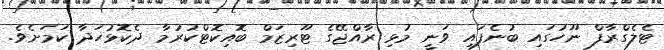
ޓެލެގްރާފް ނޫހުގައި ބުނެފައި ވަނީ މުޅި ރާއްޖޭގެ ޓޫރިޒަމް ބޮއިކޮޓްކުރުމާ ދެކޮޅުހަދާ ކަމަށެވެ.